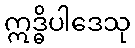
ဣဒ္ဓိပါဒေသု